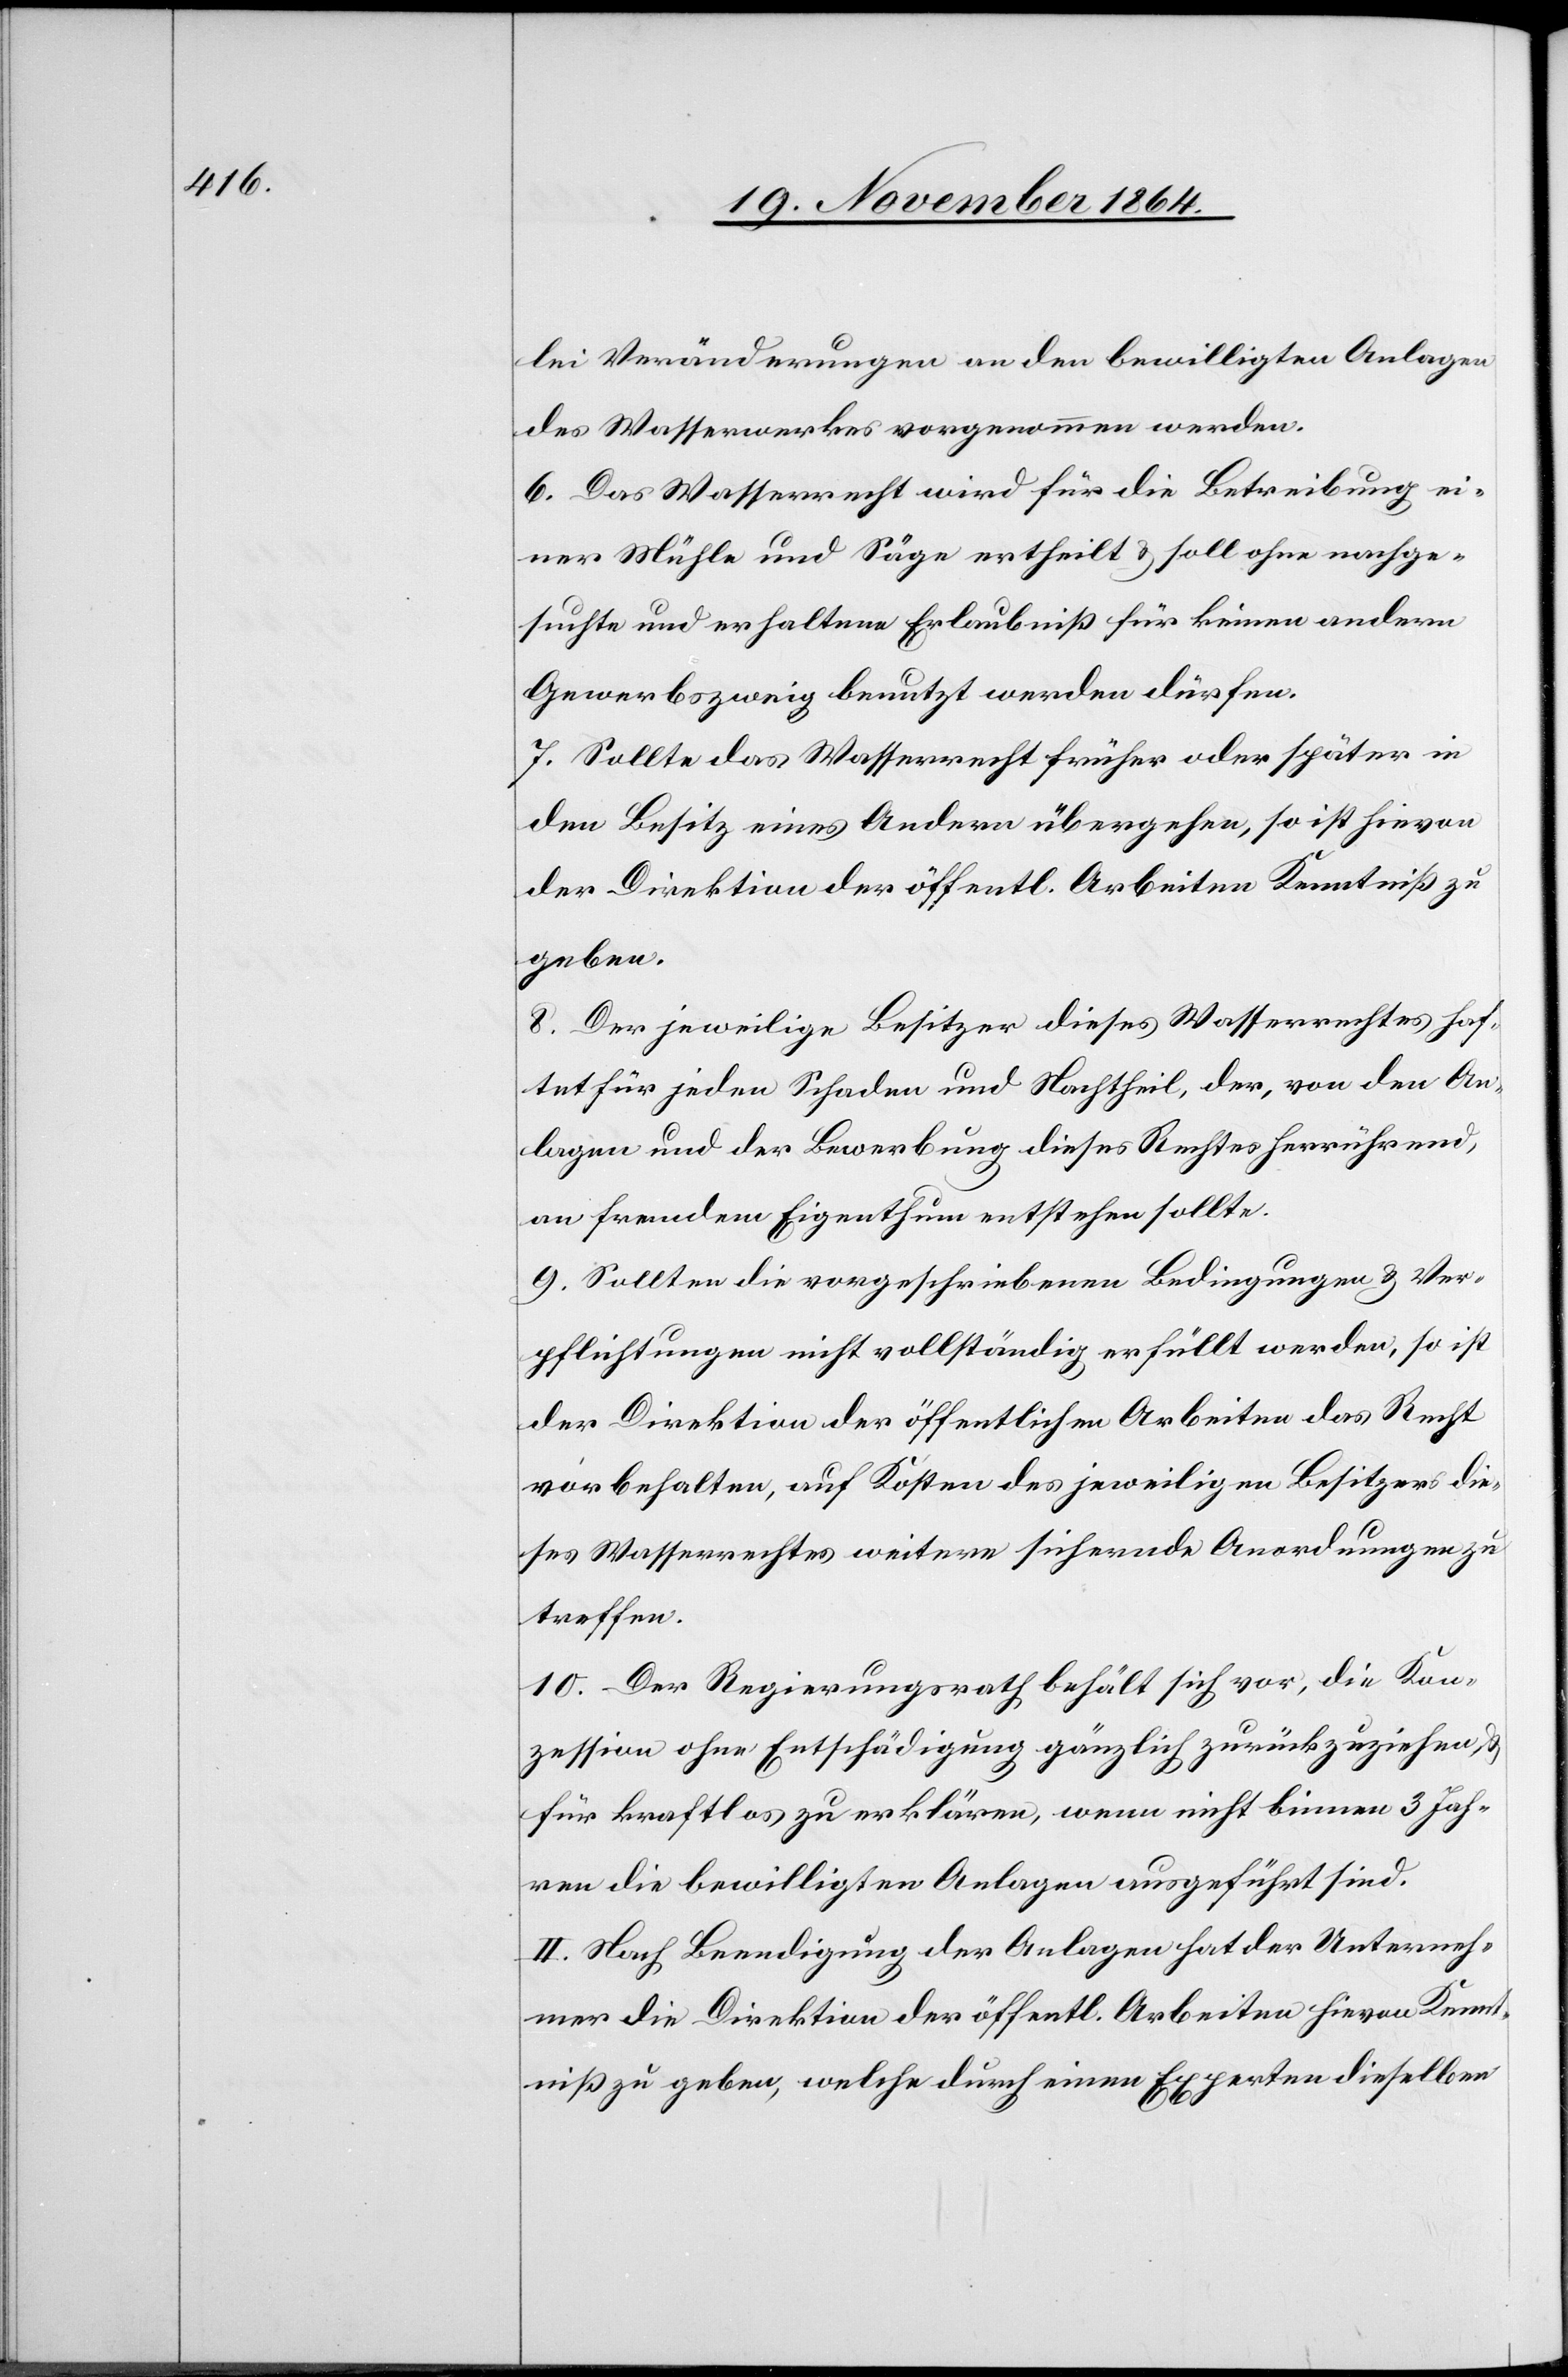
lei Veränderungen an den bewilligten Anlagen
des Wasserwerkes vorgenommen werden.
6. Das Wasserrecht wird für die Betreibung ei¬
ner Mühle und Säge ertheilt & soll ohne nachge¬
suchte und erhaltene Erlaubniß für keinen andern
Gewerbszweig benutzt werden dürfen.
7. Sollte das Wasserrecht früher oder später in
den Besitz eines Andern übergehen, so ist hievon
der Direktion der öffentl. Arbeiten Kenntniß zu
geben.
8. Der jeweilige Besitzer dieses Wasserrechtes haf¬
tet für jeden Schaden und Nachtheil, der, von den An¬
lagen und der Bewerbung dieses Rechtes herrührend
an fremdem Eigenthum entstehen sollte.
9. Sollten die vorgeschriebenen Bedingungen & Ver¬
pflichtungen nicht vollständig erfüllt werden, so ist
der Direktion der öffentlichen Arbeiten das Recht
vorbehalten, auf Kosten des jeweiligen Besitzers die¬
ses Wasserrechtes weitere sichernde Anordnungen zu
treffen.
10. Der Regierungsrath behält sich vor, die Kon¬
zession ohne Entschädigung gänzlich zurückzuziehen &
für kraftlos zu erklären, wenn nicht binnen 3 Jah¬
ren die bewilligten Anlagen ausgeführt sind.
II. Nach Beendigung der Anlagen hat der Unterneh¬
mer der Direktion der öffentl. Arbeiten hievon Kennt¬
niß zu geben, welche durch einen Experten dieselben